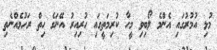
މުޅި އުމުރުގައި އެންމެ ލޯބިވި މީހާ ކުރިމަތީގައި ހުރިއިރު އޭނަގެ ހިތް ރަހުމެއްނެތި